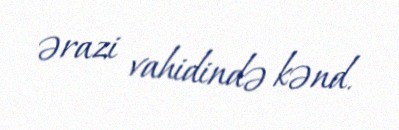
ərazi vahidində kənd.